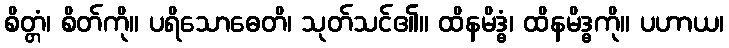
စိတ္တံ၊ စိတ်ကို။ ပရိသောဓေတိ၊ သုတ်သင်၏။ ထိနမိဒ္ဓံ၊ ထိနမိဒ္ဓကို။ ပဟာယ၊